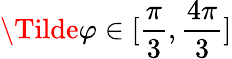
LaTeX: \Tilde{\varphi}\in[\frac{\pi}{3},\frac{4\pi}{3}]